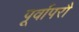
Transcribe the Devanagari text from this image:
पूर्वापरौ